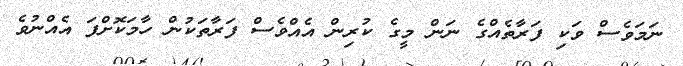
ނަމަވެސް ވަކި ފަރާތެއްގެ ނަން މީގެ ކުރިން އެއްވެސް ފަރާތަކުން ހާމަކޮށްފަ އެއްނުވެ